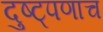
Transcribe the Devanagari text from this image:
दुष्ट्पणाच